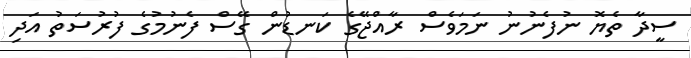
ސީދާ ތެޔޮ ނުފެނުނު ނަމަވެސް ރާއްޖޭގެ ކަނޑުން ގޭސް ފެނުމުގެ ފުރުސަތު އަދި